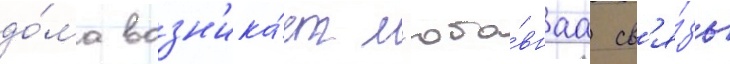
до́ма возн'ика́ет л'юбо́внаа св'я́зь